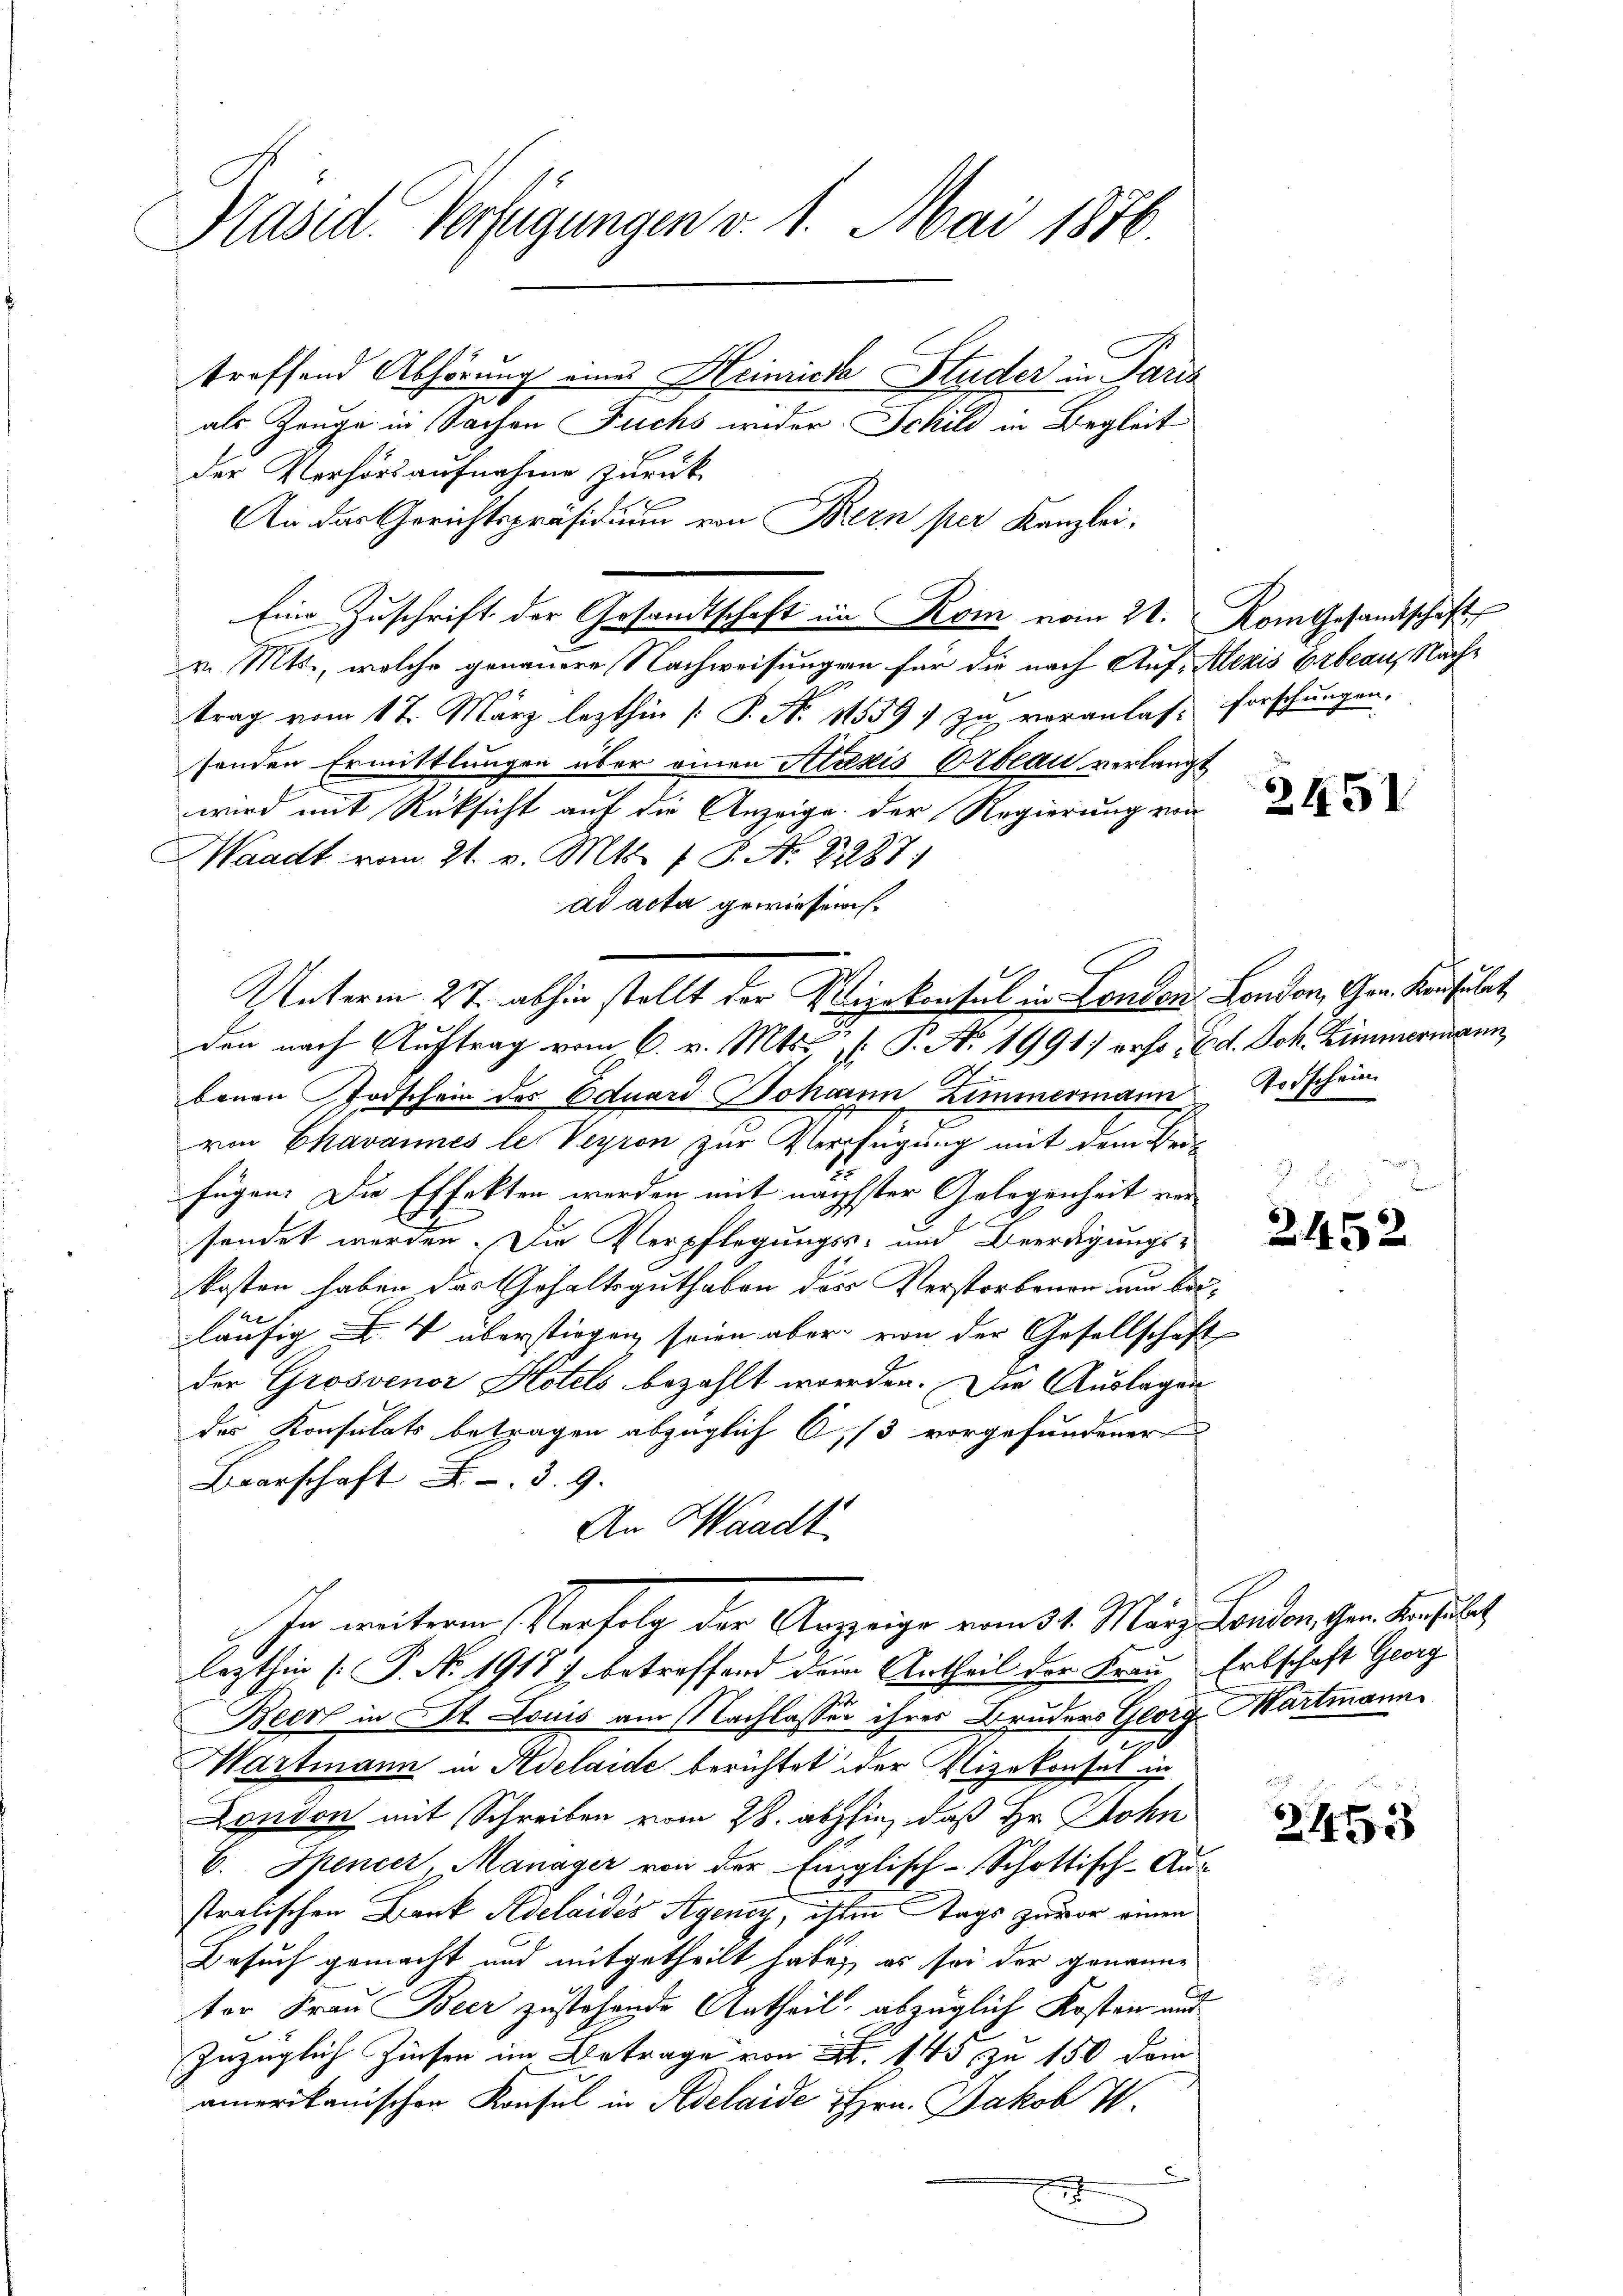
Präsid. Verfügungen v. 1. Mai 1876.
treffend Abhörung eines Heimica Studer in Paris

als Zeuge in Sachen Fuchs weder Schild in Begleit
der Verhörsaufnahme zurück
An das Gerichtspräsidium von Bern per Kanzlei,
v. Mts., welche genauere Nachweisungen für die nach Auf-Alezis Erbe aus Nachtrag vom 17. März lezthin [P. N. 11559) zu voranlass forschungen.
senden Ermittlungen über einen Aukis Oblau verlangt
wird mit Rüksicht auf die Anzeige der Regierung von
Waadt vom 21. v. Mts. 1 S. Nr. 8287.
ad acta gewieserisbauen Todschein des Eduard Johann Zimmermann
von Chavannes le Veyron zur Verfügung mit dem Bris
fügen. Die Effekten werden mit nächster Gelegenheit versendet werden. Die Verpflegungs- und Beerdigungskosten haben das Gehaltsguthaben das Verstorbenen um besläufig F. V überstiegen, sein aber von der Gesellschaft
der Grosvenor Hotels bezahlt werden. Die Auslagen
des Konsulats betragen abzüglich 6/3 vorgefundener
Baarschaft . . 39.
An Waadt
In weiterem Verfolg der Anzeige vom 31. März London, Gen. Konsulat
lezthin (P. No. 1918) betreffend dem Urtheil der Frau Erbschaft Georg
Beer in St. Louis am Nachlassen ihres Bruders Georg Martmann
Hartmann in Adelaide berichtet der Vizekonsul in
London mit Schreiben vom 28. abhin, daß Hr. John
C. Spencer, Manager von der Einglisch-Schottisch-Aus-
stratischen Bank Adelaides Agenig, isten Tags zuvor einen
Besuch gemacht und mitgetheilt habe, es sei der genanne
ter Frau Beer zustehende Antheil, abzüglich Kosten und
Inzüglich Zinsen im Betrage von 4. 145, zu 150 dein
amerikanischen Konsul in Adelaide Hrn. Jakob W
6
x
u

Eine Zuschrift der Gesandtschaft im Rom vom 21. Komgesandtschaft

Unterm 27. abhin stellt der Vizekonsul in Landen London, Gen. Konsulat
den nach Auftrag vom 6. v. Mts. : P. Nr. 1991 erho Ed. Joh. Zimmermann,

2451

Todschein

2452

2453